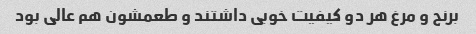
برنج و مرغ هر دو کیفیت خوبی داشتند و طعمشون هم عالی بود